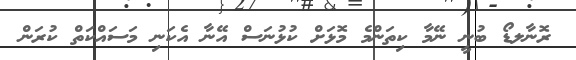
ރޮނާލޑޯ ބުނީ ނޭމާ ކިތަންމެ މޮޅަށް ކުޅުނަސް އޭނާ އެކަނި މަސައްކަތް ކުރަން